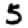
Digit: 5